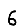
Digit: 6